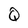
Character: Q